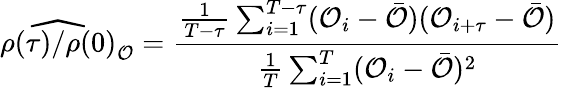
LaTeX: \widehat{\rho(\tau)/\rho(0)}_{\mathcal{O}}=\frac{\frac{1}{T-\tau}\sum_{i=1}^{T-\tau}(\mathcal{O}_{i}-\bar{\mathcal{O}})(\mathcal{O}_{i+\tau}-\bar{\mathcal{O}})}{\frac{1}{T}\sum_{i=1}^{T}(\mathcal{O}_{i}-\bar{\mathcal{O}})^{2}}